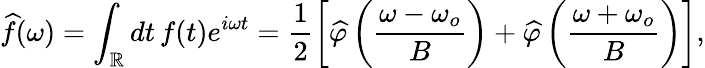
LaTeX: \widehat f(\omega)=\int_{\mathbb{R}}dt\, f(t)e^{i\omega t}=\frac{1}{2}\left[\widehat\varphi\left(\frac{\omega-\omega_{o}}{B}\right)+\widehat\varphi\left(\frac{\omega+\omega_{o}}{B}\right)\right],